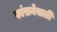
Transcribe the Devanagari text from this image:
फांसनेवाली